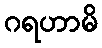
ဂရဟာမိ